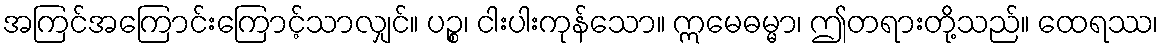
အကြင်အကြောင်းကြောင့်သာလျှင်။ ပဉ္စ၊ ငါးပါးကုန်သော။ ဣမေဓမ္မာ၊ ဤတရားတို့သည်။ ထေရဿ၊